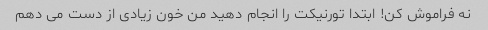
نه فراموش کن! ابتدا تورنیکت را انجام دهید من خون زیادی از دست می دهم